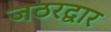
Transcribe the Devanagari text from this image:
जठरद्वार